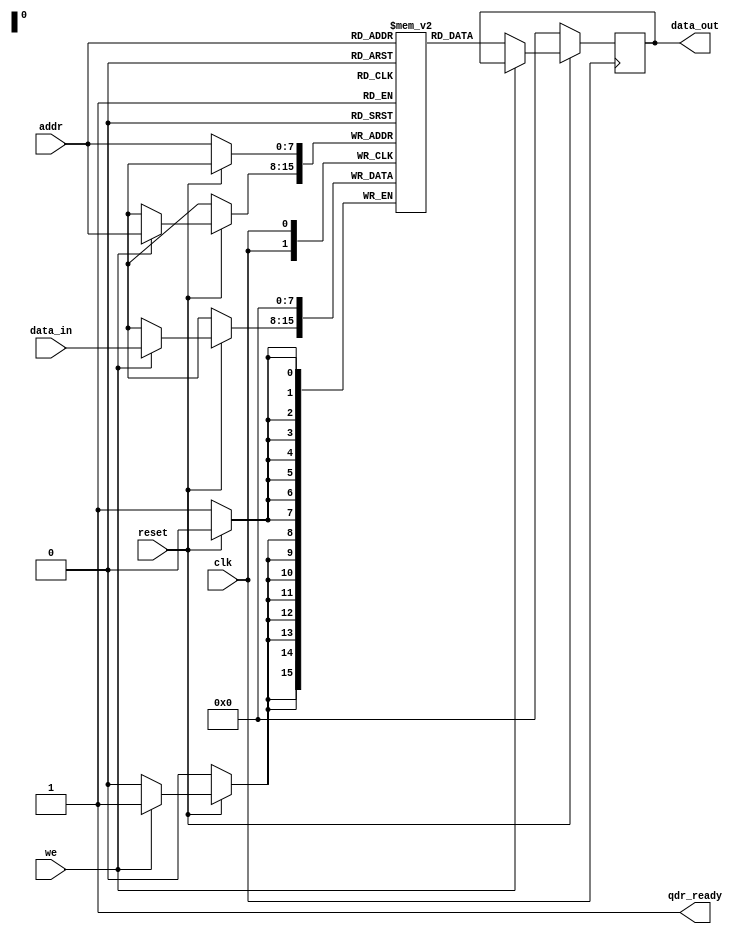
module qdr_sram (
    input wire clk,             // Clock signal
    input wire reset,           // Reset signal
    input wire [7:0] addr,      // Address bus
    input wire [7:0] data_in,   // Data input bus
    output reg [7:0] data_out,  // Data output bus
    input wire we,              // Write enable signal
    output wire qdr_ready       // QDR ready signal
);

// Memory blocks declaration
reg [7:0] memory_block [0:255];

// Read operation
always @(posedge clk) begin
    if (!reset) begin
        data_out <= 8'b0;  // Reset data_out signal
    end else begin
        if (!we) begin
            data_out <= memory_block[addr];
        end
    end
end

// Write operation
always @(posedge clk) begin
    if (!reset) begin
        memory_block[addr] <= 8'b0;  // Reset memory block
    end else begin
        if (we) begin
            memory_block[addr] <= data_in;
        end
    end
end

// QDR ready signal generation
assign qdr_ready = 1'b1;  // Always ready for high-speed data transfers

endmodule